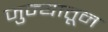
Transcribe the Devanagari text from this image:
जुन्यातून